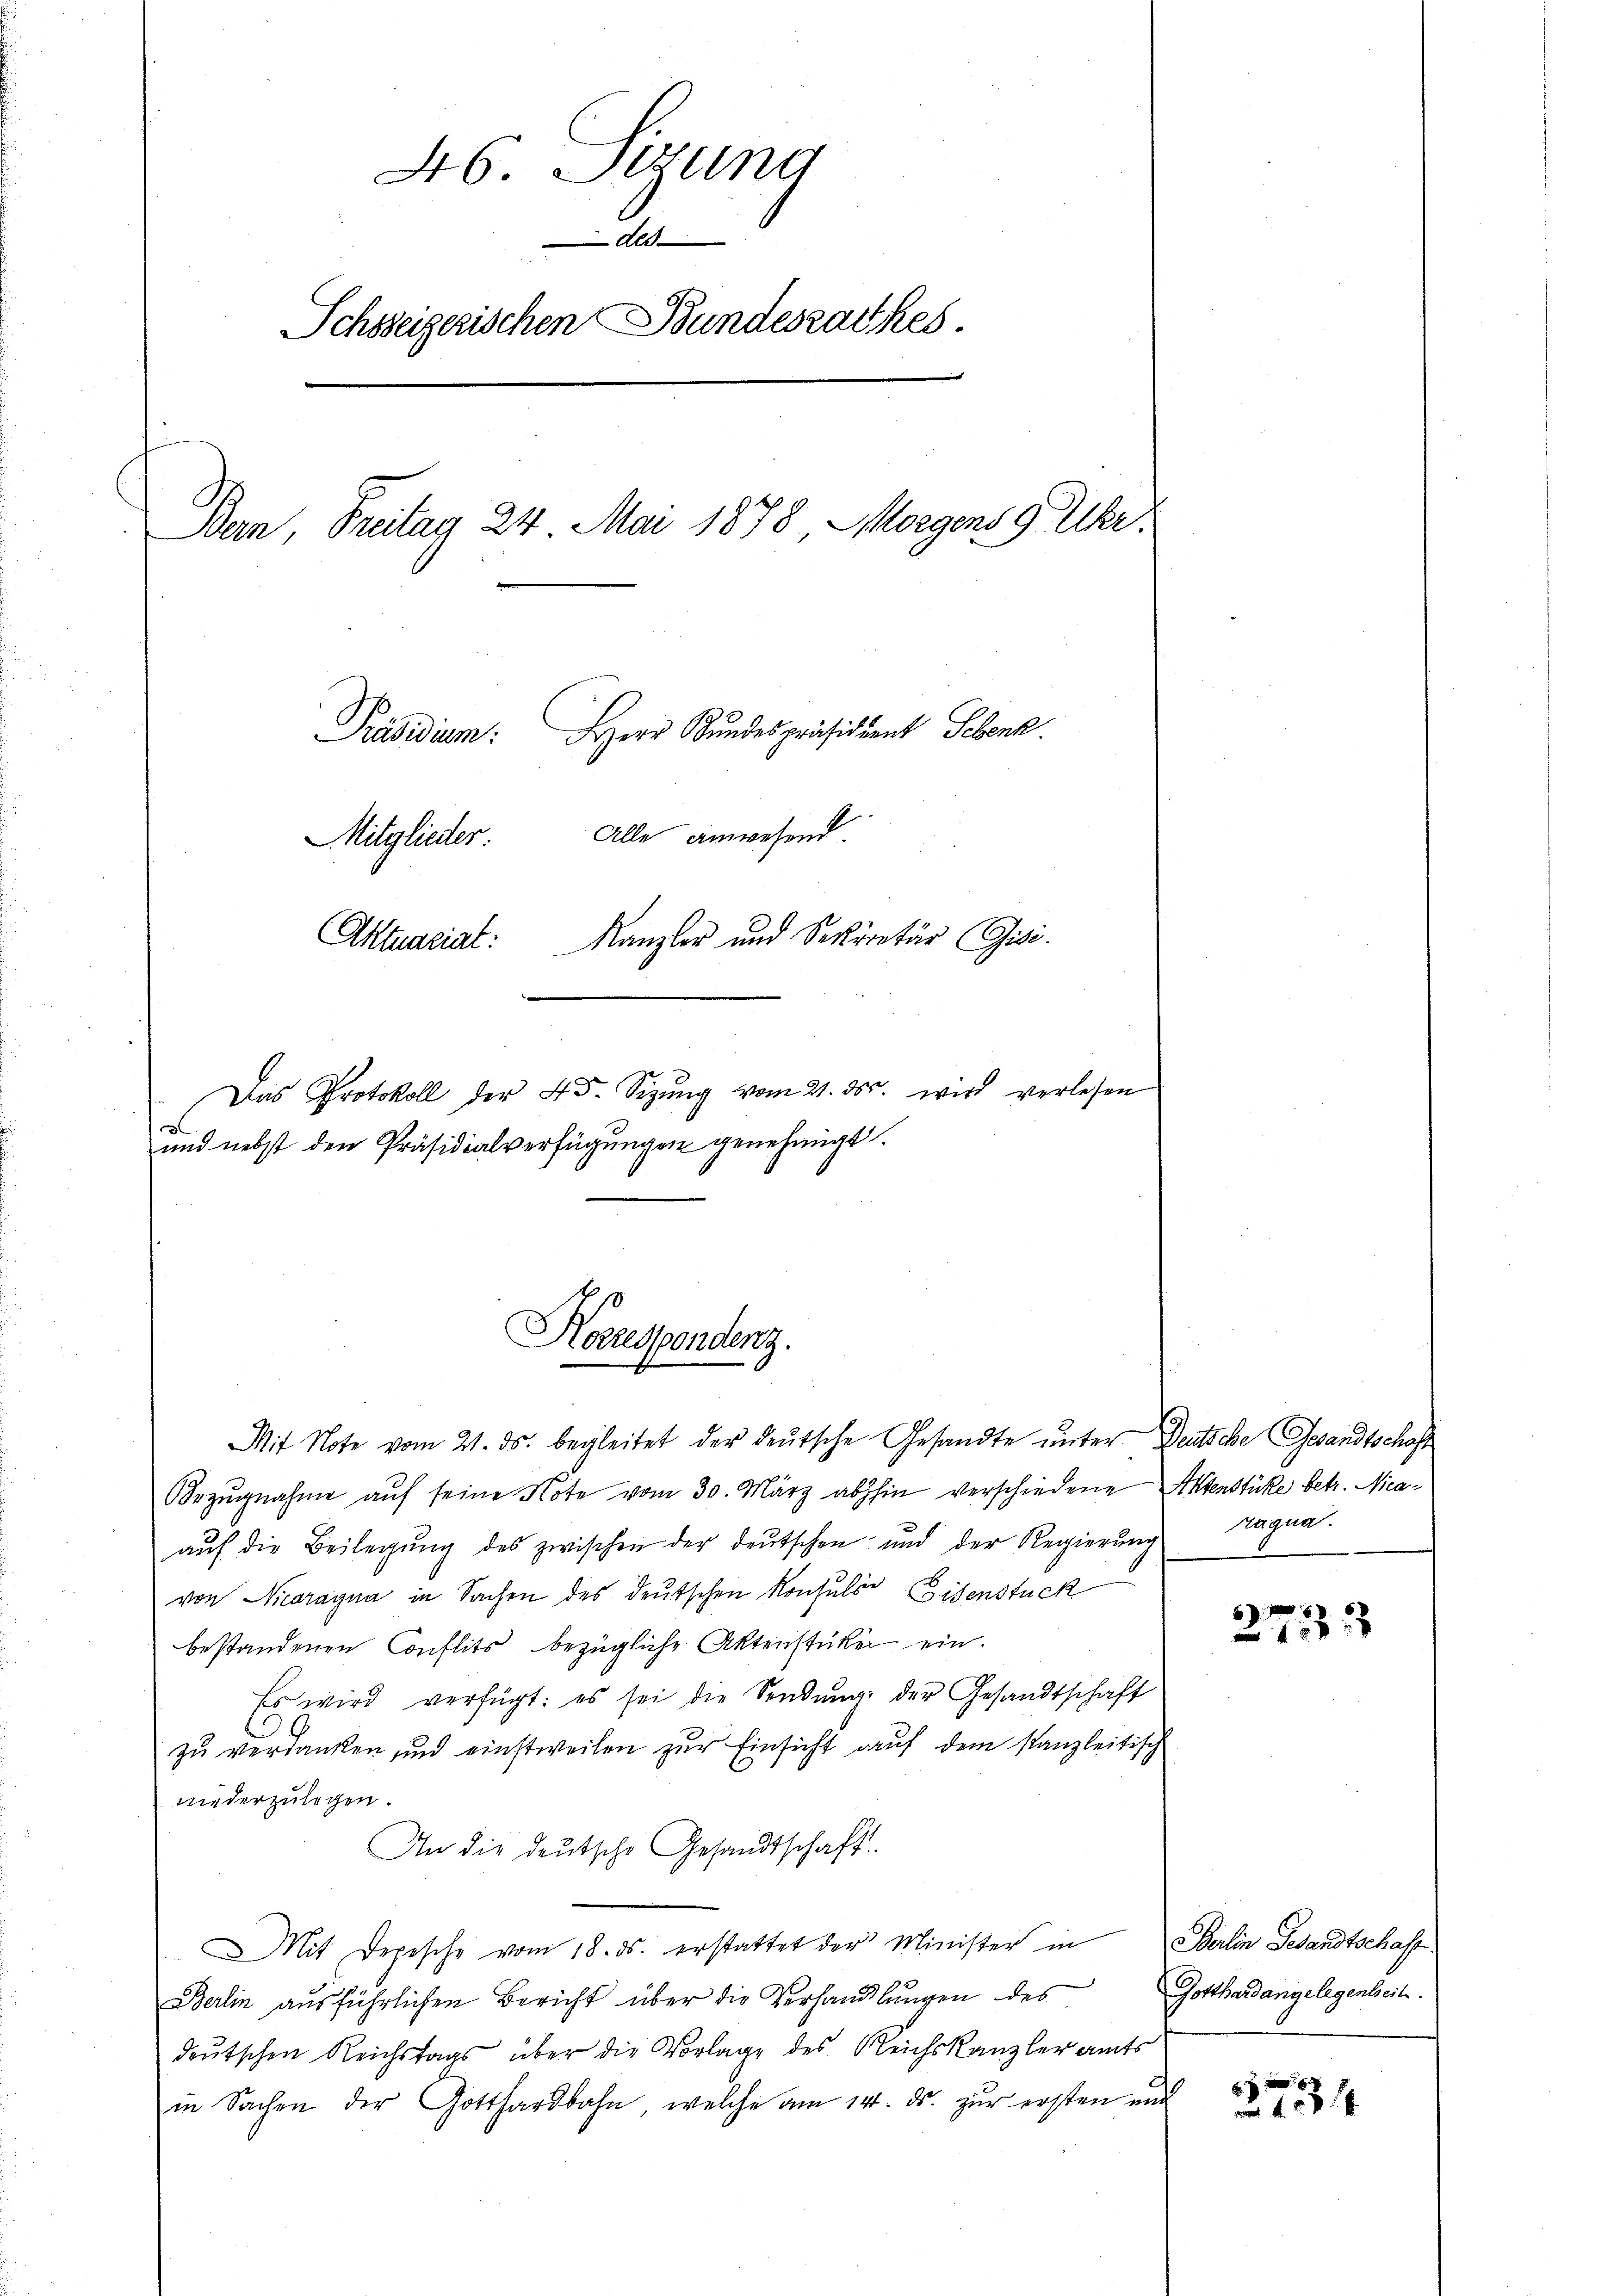
46. Sizung
des
Schoseizerischen Bundesrathes.

Bern, Freitag 24. Mai 1878 Morgens 9 Uhr.
Präsidium. Herr Bundespräsidiant Sebenk.
Alle anwesend
Mitglieder.
Aktuariat:
Kanzler und Sekretär Gisi
Das Protokoll der 45. Sizŭng vom 21. ds. wird verlesen
e
und nebst den Präsidialverfügungen genehmigt.

Korrespondenz.

Mit Note vom 21. ds. begleitet der deutsche Gesandte unter Deutsche Gesandtschaft
Bezŭgnahme aŭf seine Note vom 30. März abhin verschiedene Aktenstüke betr. Nicaaŭf die Beilegŭng des zwischen der deŭtschen und der Regierŭng Magna
von Nicoragna in Sachen des deutschen Konsuls Eisenstück
bestandenen Conflits bezügliche Aktenstücke ein.
Es wird verfügt: es sei die Sendŭng der Gesandtschaft
zŭ verdanken und einstweilen zŭr Einsicht auf dem Kanzleitisch
niederzulegen.
An die deutsche Gesandtschaft.
Mit Depesche vom 18. ds. erstattet der Minister in
Berlin ausführlichen Bericht über die Verhandlungen des
deutschen Reichstags über die Vorlage des Reichskanzler amts
in Sachen der Gotthardbahn, welche am 14. ds. zur ersten und

5
133

Berlin Gesandtschaft
Gotthardangelegenheit.

13xx